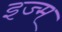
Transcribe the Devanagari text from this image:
इज्म